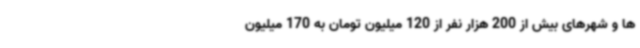
ها و شهرهای بیش از 200 هزار نفر از 120 میلیون تومان به 170 میلیون